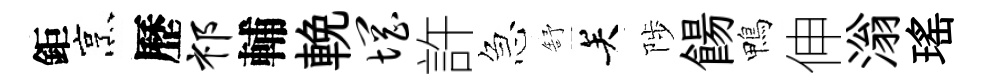
鉅烹歷祁輔輓惘許急舒关陟餳鴨伸滃瑤